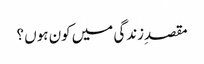
مقصدِزندگی میں کون ہوں ؟